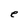
Character: e